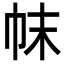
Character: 帓